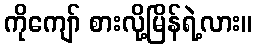
ကိုကျော် စားလို့မြိန်ရဲ့လား။